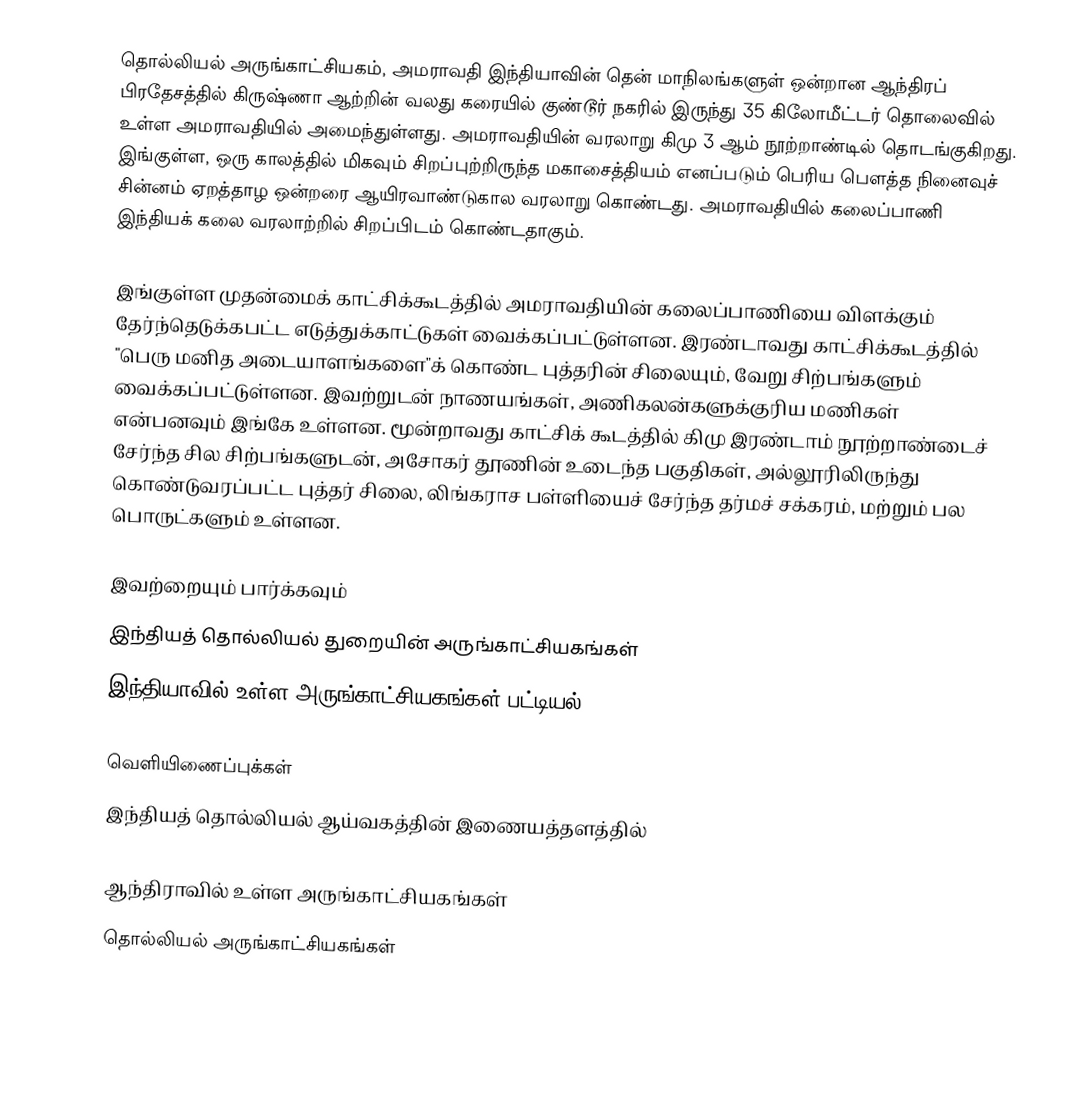
தொல்லியல் அருங்காட்சியகம், அமராவதி இந்தியாவின் தென் மாநிலங்களுள் ஒன்றான ஆந்திரப் பிரதேசத்தில் கிருஷ்ணா ஆற்றின் வலது கரையில் குண்டூர் நகரில் இருந்து 35 கிலோமீட்டர் தொலைவில் உள்ள  அமராவதியில் அமைந்துள்ளது. அமராவதியின் வரலாறு கிமு 3 ஆம் நூற்றாண்டில் தொடங்குகிறது. இங்குள்ள, ஒரு காலத்தில் மிகவும் சிறப்புற்றிருந்த மகாசைத்தியம் எனப்படும் பெரிய பௌத்த நினைவுச் சின்னம் ஏறத்தாழ ஒன்றரை ஆயிரவாண்டுகால வரலாறு கொண்டது. அமராவதியில் கலைப்பாணி இந்தியக் கலை வரலாற்றில் சிறப்பிடம் கொண்டதாகும்.

இங்குள்ள முதன்மைக் காட்சிக்கூடத்தில் அமராவதியின் கலைப்பாணியை விளக்கும் தேர்ந்தெடுக்கபட்ட எடுத்துக்காட்டுகள் வைக்கப்பட்டுள்ளன. இரண்டாவது காட்சிக்கூடத்தில் "பெரு மனித அடையாளங்களை"க் கொண்ட புத்தரின் சிலையும், வேறு சிற்பங்களும் வைக்கப்பட்டுள்ளன. இவற்றுடன் நாணயங்கள், அணிகலன்களுக்குரிய மணிகள் என்பனவும் இங்கே உள்ளன. மூன்றாவது காட்சிக் கூடத்தில் கிமு இரண்டாம் நூற்றாண்டைச் சேர்ந்த சில சிற்பங்களுடன், அசோகர் தூணின் உடைந்த பகுதிகள், அல்லூரிலிருந்து கொண்டுவரப்பட்ட புத்தர் சிலை, லிங்கராச பள்ளியைச் சேர்ந்த தர்மச் சக்கரம், மற்றும் பல பொருட்களும் உள்ளன.

இவற்றையும் பார்க்கவும்
 இந்தியத் தொல்லியல் துறையின் அருங்காட்சியகங்கள்
 இந்தியாவில் உள்ள அருங்காட்சியகங்கள் பட்டியல்

வெளியிணைப்புக்கள்
 இந்தியத் தொல்லியல் ஆய்வகத்தின் இணையத்தளத்தில்

ஆந்திராவில் உள்ள அருங்காட்சியகங்கள்
தொல்லியல் அருங்காட்சியகங்கள்